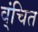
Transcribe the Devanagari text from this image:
व्ंचित